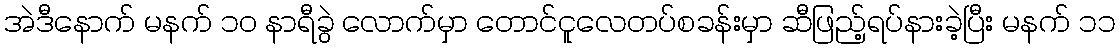
အဲဒီနောက် မနက် ၁၀ နာရီခွဲ လောက်မှာ တောင်ငူလေတပ်စခန်းမှာ ဆီဖြည့်ရပ်နားခဲ့ပြီး မနက် ၁၁